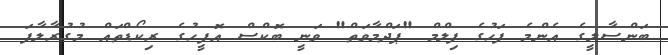
ބަންސާލީގެ އެންމެ ފަހުގެ ފިލްމް "ޕަދްމާވަތް" ވަނީ ބޮކްސް އޮފީހުގެ ރިކޯޑްތައް މުގުރާލާފަ